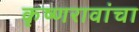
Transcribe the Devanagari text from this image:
कृष्णरावांचा